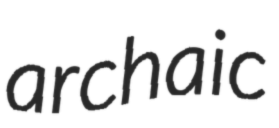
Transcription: archaic